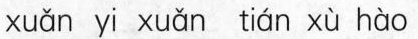
xuǎn yi xuǎn tián xù hào